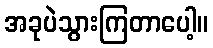
အခုပဲသွားကြတာပေါ့။